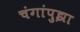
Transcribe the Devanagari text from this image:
चंगांपुझा